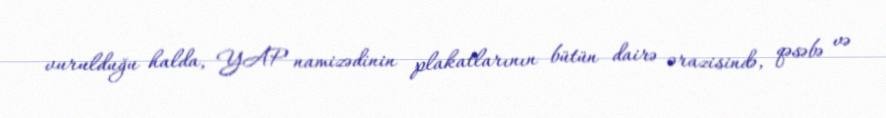
vurulduğu halda, YAP namizədinin plakatlarının bütün dairə ərazisində, qəsəbə və